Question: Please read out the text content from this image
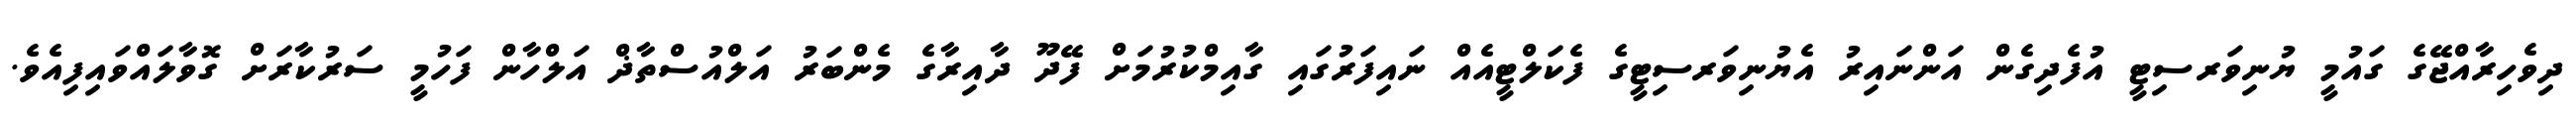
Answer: ދިވެހިރާއްޖޭގެ ގައުމީ ޔުނިވަރސިޓީ އުފެދިގެން އަންނައިރު އެޔުނިވަރސިޓީގެ ފެކަލްޓީއެއް ނައިފަރުގައި ގާއިމްކުރުމަށް ފޭދޫ ދާއިރާގެ މެންބަރު އަލްއުސްތާޛް އަލްހާން ފަހުމީ ސަރުކާރަށް ގޮވާލައްވައިފިއެވެ.